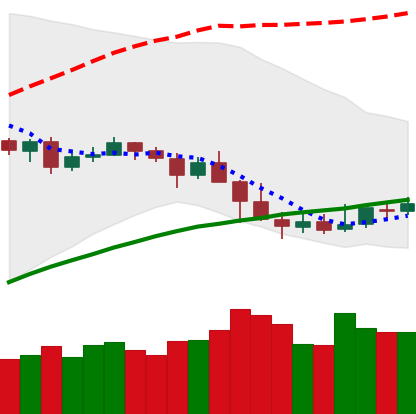
Ticker: NEO-USD
Chart end date: 2019-05-02
Forward return: -9.641%
Label: down_7plus